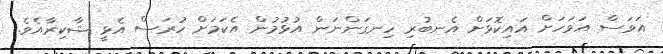
އަވަސް އަވަހަށް އައިކޮޅަށް އެނބުރި ހިނގަންނަން އުޅުމުން އެކަމަށް ހުރަސް އެޅީ ޝާކިރާއެވެ.